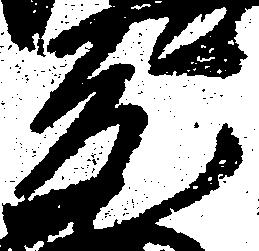
元